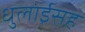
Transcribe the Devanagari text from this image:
धुलाईसह